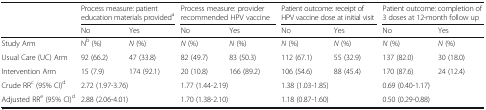
<table><thead><tr><td></td><td colspan="2"><b>Process measure: patient education materials provided<sup>a</sup></b></td><td colspan="2"><b>Process measure: provider recommended HPV vaccine</b></td><td colspan="2"><b>Patient outcome: receipt of HPV vaccine dose at initial visit</b></td><td colspan="2"><b>Patient outcome: completion of 3 doses at 12-month follow up</b></td></tr><tr><td></td><td><b>No</b></td><td><b>Yes</b></td><td><b>No</b></td><td><b>Yes</b></td><td><b>No</b></td><td><b>Yes</b></td><td><b>No</b></td><td><b>Yes</b></td></tr></thead><tbody><tr><td>Study Arm</td><td>N<sup>b</sup> (%)</td><td><i>N</i> (%)</td><td><i>N</i> (%)</td><td><i>N</i> (%)</td><td><i>N</i> (%)</td><td><i>N</i> (%)</td><td><i>N</i> (%)</td><td><i>N</i> (%)</td></tr><tr><td>Usual Care (UC) Arm</td><td>92 (66.2)</td><td>47 (33.8)</td><td>82 (49.7)</td><td>83 (50.3)</td><td>112 (67.1)</td><td>55 (32.9)</td><td>137 (82.0)</td><td>30 (18.0)</td></tr><tr><td>Intervention Arm</td><td>15 (7.9)</td><td>174 (92.1)</td><td>20 (10.8)</td><td>166 (89.2)</td><td>106 (54.6)</td><td>88 (45.4)</td><td>170 (87.6)</td><td>24 (12.4)</td></tr><tr><td>Crude RR<sup>c</sup> (95% CI)<sup>d</sup></td><td colspan="2">2.72 (1.97-3.76)</td><td colspan="2">1.77 (1.44-2.19)</td><td colspan="2">1.38 (1.03-1.85)</td><td colspan="2">0.69 (0.40-1.17)</td></tr><tr><td>Adjusted RR<sup>e</sup> (95% CI)<sup>d</sup></td><td colspan="2">2.88 (2.06-4.01)</td><td colspan="2">1.70 (1.38-2.10)</td><td colspan="2">1.18 (0.87-1.60)</td><td colspan="2">0.50 (0.29-0.88)</td></tr></tbody></table>